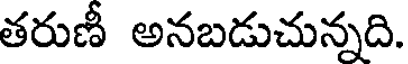
తరుణీ అనబడుచున్నది.